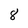
Character: 8